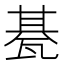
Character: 𤭦